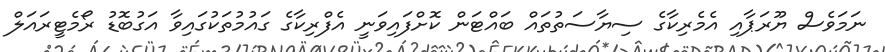
ނަމަވެސް ޔޫރަޕާއި އެމެރިކާގެ ސިޔާސަތުތައް ބައްޓަން ކޮށްފައިވަނީ އެފްރިކާގެ ގައުމުތަކުގައިވާ އަގުބޮޑު ރޯމެޓީރައަލް